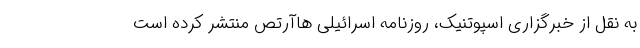
به نقل از خبرگزاری اسپوتنیک، روزنامه اسرائیلی هاآرتص منتشر کرده است